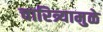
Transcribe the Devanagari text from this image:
चारित्र्यामुळे